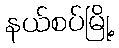
နယ်စပ်မြို့